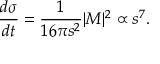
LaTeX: { \frac { d \sigma } { d t } } = { \frac { 1 } { 1 6 \pi s ^ { 2 } } } | { \cal M } | ^ { 2 } \propto s ^ { 7 } .